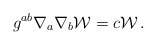
\begin{align*}g^{ab}\nabla_a\nabla_b {\cal W} = c{\cal W}\,.\end{align*}